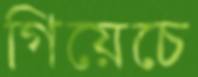
গিয়েচে